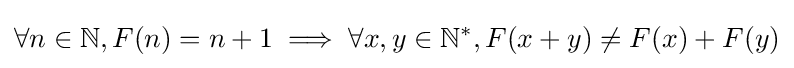
\forall n\in \mathbb {N} ,F(n)=n+1\implies \forall x,y\in \mathbb {N} ^{*},F(x+y)\neq F(x)+F(y)